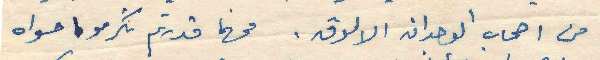
من اصحاب الوجدان الالوق. فمهما قدرتم تكرمو مسواه